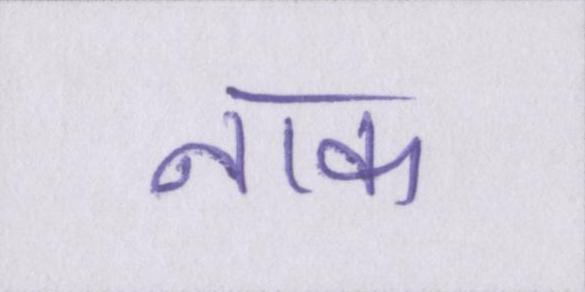
नाक